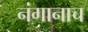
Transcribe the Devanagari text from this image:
नंगानाच